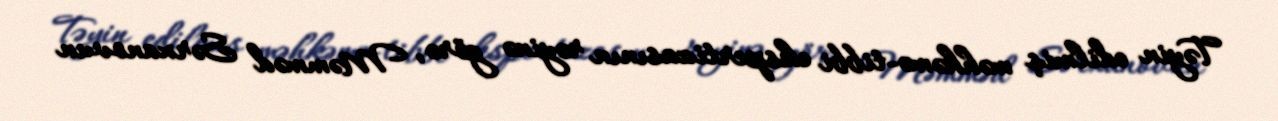
Təyin edilmiş məhkəmə-tibbi ekspertizasının rəyinə görə, Məmməd Sərxanovun